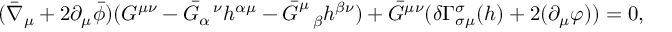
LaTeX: ( \bar { \nabla } _ { \mu } + 2 \partial _ { \mu } \bar { \phi } ) ( { \cal G } ^ { \mu \nu } - \bar { G } _ { \alpha } ^ { ~ ~ \nu } h ^ { \alpha \mu } - \bar { G } _ { ~ ~ \beta } ^ { \mu } h ^ { \beta \nu } ) + \bar { G } ^ { \mu \nu } ( \delta \Gamma _ { \sigma \mu } ^ { \sigma } ( h ) + 2 ( \partial _ { \mu } \varphi ) ) = 0 ,